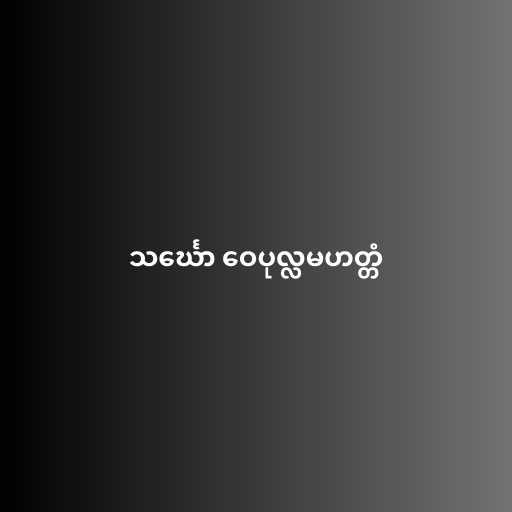
သင်္ဃော ဝေပုလ္လမဟတ္တံ